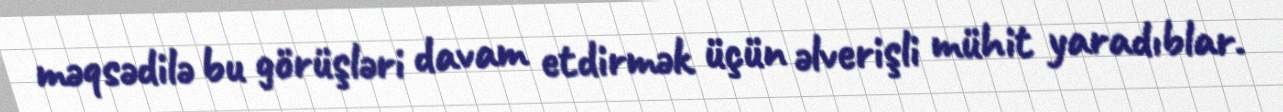
məqsədilə bu görüşləri davam etdirmək üçün əlverişli mühit yaradıblar.